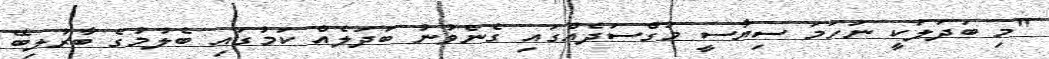
"މި ބަދަލަކީ ނަހަމަ ސިޔާސީ މަގްސަދެއްގައި ގެނެވުނު ބަދަލެއް ކަމުގައި ބެލުމުގެ ބާރުލިބޭ